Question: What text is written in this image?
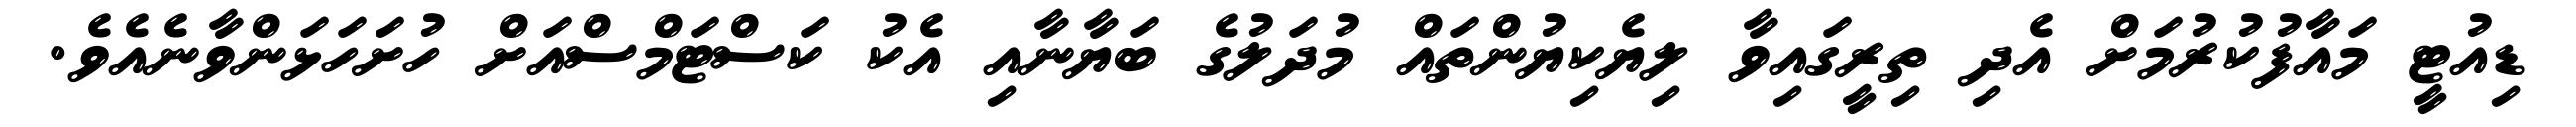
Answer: ޑިއުޓީ މައާފުކުރުމަށް އެދި ތިރީގައިވާ ލިޔެކިޔުންތައް މުދަލުގެ ބަޔާނާއި އެކު ކަސްޓަމްސްއަށް ހުށަހަޅަންވާނެއެވެ.